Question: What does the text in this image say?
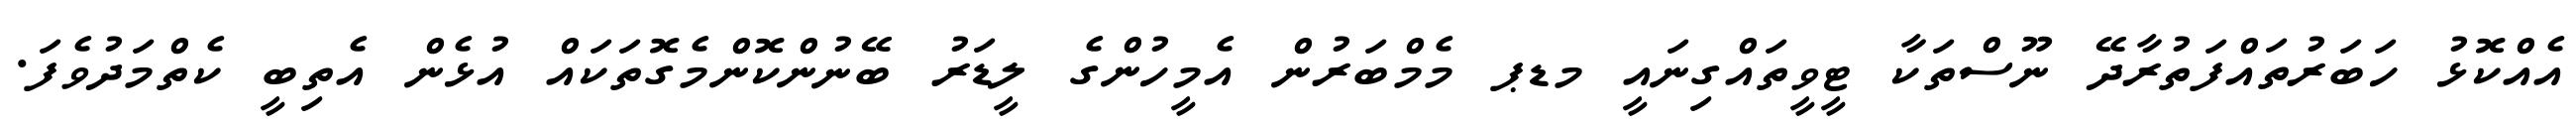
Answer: އެއްކޮޅު ހަބަރުތައްފަތުރާދޭ ނޫސްތަކާ ޓީވީތައްގިނައީ މޑޕ މެމްބަރުން އެމީހުންގެ ލީޑަރު ބޭނުންކޮންމެގޮތަކައް އުޅެން އެތިބީ ކެތްމަދުވެފަ.